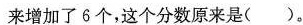
来增加了6个，这个分数原来是( )。